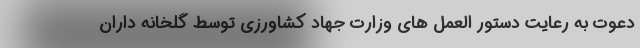
دعوت به رعایت دستور العمل های وزارت جهاد کشاورزی توسط گلخانه داران